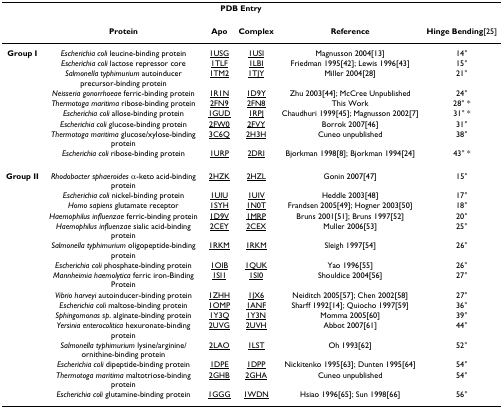
<table><thead><tr><td></td><td></td><td colspan="2"><b>PDB Entry</b></td><td></td><td></td></tr></thead><tbody><tr><td></td><td><b>Protein</b></td><td><b>Apo</b></td><td><b>Complex</b></td><td><b>Reference</b></td><td><b>Hinge Bending</b>[25]</td></tr><tr><td><b>Group I</b></td><td><i>Escherichia coli </i>leucine-binding protein</td><td>1USG</td><td>1USI</td><td>Magnusson 2004[13]</td><td>14°</td></tr><tr><td></td><td><i>Escherichia coli </i>lactose repressor core</td><td>1TLF</td><td>1LBI</td><td>Friedman 1995[42]; Lewis 1996[43]</td><td>15°</td></tr><tr><td></td><td><i>Salmonella typhimurium </i>autoinducer precursor-binding protein</td><td>1TM2</td><td>1TJY</td><td>Miller 2004[28]</td><td>21°</td></tr><tr><td></td><td><i>Neisseria gonorrhoeae </i>ferric-binding protein</td><td>1R1N</td><td>1D9Y</td><td>Zhu 2003[44]; McCree Unpublished</td><td>24°</td></tr><tr><td></td><td><i>Thermotoga maritima </i>ribose-binding protein</td><td>2FN9</td><td>2FN8</td><td>This Work</td><td>28° *</td></tr><tr><td></td><td><i>Escherichia coli </i>allose-binding protein</td><td>1GUD</td><td>1RPJ</td><td>Chaudhuri 1999[45]; Magnusson 2002[7]</td><td>31° *</td></tr><tr><td></td><td><i>Escherichia coli </i>glucose-binding protein</td><td>2FW0</td><td>2FVY</td><td>Borrok 2007[46]</td><td>31°</td></tr><tr><td></td><td><i>Thermotoga maritima </i>glucose/xylose-binding protein</td><td>3C6Q</td><td>2H3H</td><td>Cuneo unpublished</td><td>38°</td></tr><tr><td></td><td><i>Escherichia coli </i>ribose-binding protein</td><td>1URP</td><td>2DRI</td><td>Bjorkman 1998[8]; Bjorkman 1994[24]</td><td>43° *</td></tr><tr><td><b>Group II</b></td><td><i>Rhodobacter sphaeroides </i>α-keto acid-binding protein</td><td>2HZK</td><td>2HZL</td><td>Gonin 2007[47]</td><td>15°</td></tr><tr><td></td><td><i>Escherichia coli </i>nickel-binding protein</td><td>1UIU</td><td>1UIV</td><td>Heddle 2003[48]</td><td>17°</td></tr><tr><td></td><td><i>Homo sapiens </i>glutamate receptor</td><td>1SYH</td><td>1N0T</td><td>Frandsen 2005[49]; Hogner 2003[50]</td><td>18°</td></tr><tr><td></td><td><i>Haemophilus influenzae </i>ferric-binding protein</td><td>1D9V</td><td>1MRP</td><td>Bruns 2001[51]; Bruns 1997[52]</td><td>20°</td></tr><tr><td></td><td><i>Haemophilus influenzae </i>sialic acid-binding protein</td><td>2CEY</td><td>2CEX</td><td>Muller 2006[53]</td><td>25°</td></tr><tr><td></td><td><i>Salmonella typhimurium </i>oligopeptide-binding protein</td><td>1RKM</td><td>1RKM</td><td>Sleigh 1997[54]</td><td>26°</td></tr><tr><td></td><td><i>Escherichia coli </i>phosphate-binding protein</td><td>1OIB</td><td>1QUK</td><td>Yao 1996[55]</td><td>26°</td></tr><tr><td></td><td><i>Mannheimia haemolytica </i>ferric iron-Binding Protein</td><td>1SI1</td><td>1SI0</td><td>Shouldice 2004[56]</td><td>27°</td></tr><tr><td></td><td><i>Vibrio harveyi </i>autoinducer-binding protein</td><td>1ZHH</td><td>1JX6</td><td>Neiditch 2005[57]; Chen 2002[58]</td><td>27°</td></tr><tr><td></td><td><i>Escherichia coli </i>maltose-binding protein</td><td>1OMP</td><td>1ANF</td><td>Sharff 1992[14]; Quiocho 1997[59]</td><td>36°</td></tr><tr><td></td><td><i>Sphingomonas sp</i>. alginate-binding protein</td><td>1Y3Q</td><td>1Y3N</td><td>Momma 2005[60]</td><td>39°</td></tr><tr><td></td><td><i>Yersinia enterocolitica </i>hexuronate-binding protein</td><td>2UVG</td><td>2UVH</td><td>Abbot 2007[61]</td><td>44°</td></tr><tr><td></td><td><i>Salmonella typhimurium </i>lysine/arginine/ornithine-binding protein</td><td>2LAO</td><td>1LST</td><td>Oh 1993[62]</td><td>52°</td></tr><tr><td></td><td><i>Escherichia coli </i>dipeptide-binding protein</td><td>1DPE</td><td>1DPP</td><td>Nickitenko 1995[63]; Dunten 1995[64]</td><td>54°</td></tr><tr><td></td><td><i>Thermotoga maritima </i>maltotriose-binding protein</td><td>2GHB</td><td>2GHA</td><td>Cuneo unpublished</td><td>54°</td></tr><tr><td></td><td><i>Escherichia coli </i>glutamine-binding protein</td><td>1GGG</td><td>1WDN</td><td>Hsiao 1996[65]; Sun 1998[66]</td><td>56°</td></tr></tbody></table>